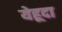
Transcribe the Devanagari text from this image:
येहूदा